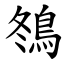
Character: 䳉